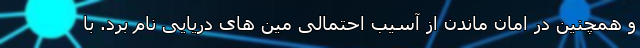
و همچنین در امان ماندن از آسیب احتمالی مین های دریایی نام برد. با